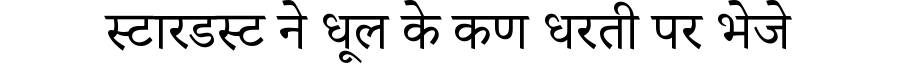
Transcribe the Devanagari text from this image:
स्टारडस्ट ने धूल के कण धरती पर भेजे